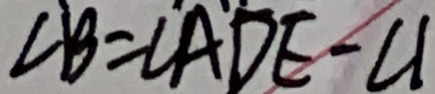
\angle B = \angle A D E - \angle 1